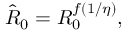
\begin{array} { r } { \hat { R } _ { 0 } = R _ { 0 } ^ { f ( 1 / \eta ) } , } \end{array}